Vaccination in Bombay 1863-1868 - 1863-1868
Year: 1863
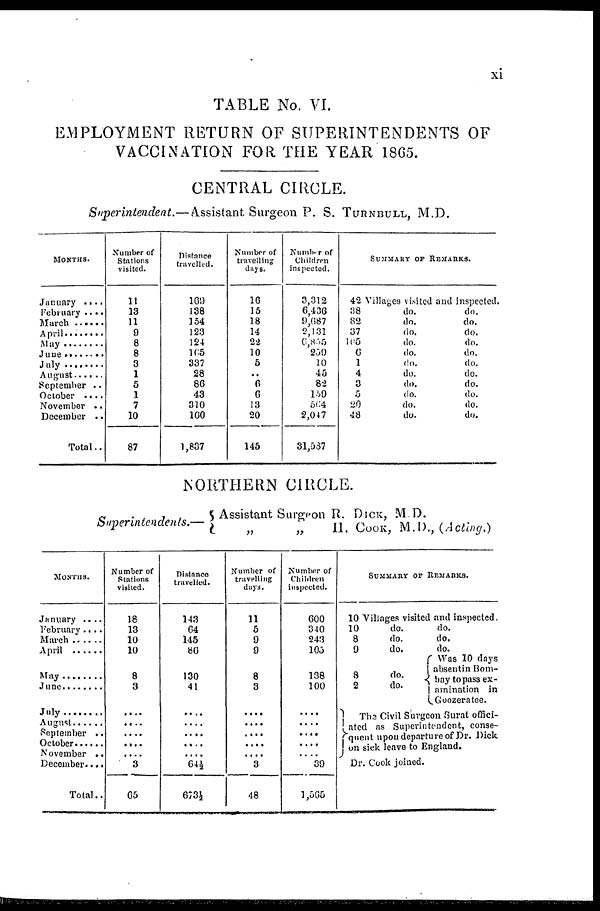
xi
TABLE No. VI.
EMPLOYMENT RETURN OF SUPERINTENDENTS OF
VACCINATION FOR THE YEAR 1865.
CENTRAL CIRCLE.
Superintendent.— Assistant Surgeon P. S. TURNBULL, M.D.
MONTHS.
January ....
February ....
March ......
April .........
May .......
June .......
July ........
August ........
September ..
October ....
November ..
December ..
Total..
Number of
Stations
visited.
11
13
11
9
8
8
3
1
5
1
7
10
87
Distance
travelled.
169
138
154
123
124
165
337
28
86
43
310
160
1,837
Number of
travelling
days.
16
15
18
14
22
10
5
..
6
6
13
20
145
Number of
Children
inspected.
3,312
6,436
9,687
2,131
6,855
259
10
45
82
159
504
2,047
31,587
SUMMARY OF REMARKS.
42 Villages visited and inspected.
38
do.
do.
82
do.
do.
37
do.
do.
105
do.
do.
6
do.
do.
1
do.
do.
4
do.
do.
3
do.
do.
5
do.
do.
20
do.
do.
48
do.
do.
NORTHERN CIRCLE.
Superintendents.—
Assistant Surgeon R. DICK, M.D.
„
„
H. COOK, M.D., (Acting.)
MONTHS.
January ....
February....
March ........
April ..........
May ..........
June .........
July ..........
August .......
September ..
October .....
November ..
December....
Total..
Number of
Stations
visited.
18
13
10
10
8
3
....
....
....
....
....
3
65
Distance
travelled.
143
64
145
86
130
41
....
....
....
....
....
64½
673½
Number of
travelling
days.
11
5
9
9
8
3
....
....
....
....
....
3
48
Number of
Children
inspected.
600
340
243
105
138
100
....
....
....
....
....
39
1,565
SUMMARY OF REMARKS.
10 Villages visited and inspected.
10
do.
do.
8
do.
do.
9
do.
do.
8
do.
2
do.
Was 10 days
absentin Bom-
bay to pass ex-
amination in
Goozeratee.
The Civil Surgeon Surat offici-
ated as Superintendent, conse-
quent upon departure of Dr. Dick
on sick leave to England.
Dr. Cook joined.